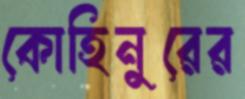
কোহিনুরের